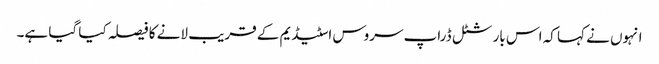
انہوں نے کہا کہ اس بار شٹل ڈراپ سروس اسٹیڈیم کے قریب لانے کا فیصلہ کیا گیا ہے۔